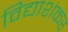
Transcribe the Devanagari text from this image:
विद्याशंकर